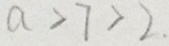
a > 7 > 2 .